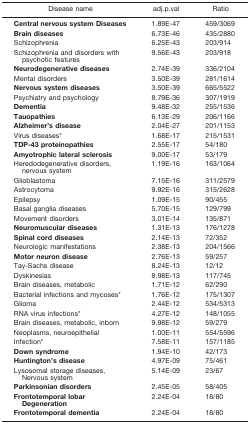
<table><thead><tr><td><b>Disease name</b></td><td><b>adj.p.val</b></td><td><b>Ratio</b></td></tr></thead><tbody><tr><td><b>Central nervous system Diseases</b></td><td>1.89E-47</td><td>459/3069</td></tr><tr><td><b>Brain diseases</b></td><td>6.73E-46</td><td>435/2880</td></tr><tr><td>Schizophrenia</td><td>6.25E-43</td><td>203/914</td></tr><tr><td>Schizophrenia and disorders with psychotic features</td><td>9.56E-43</td><td>203/918</td></tr><tr><td><b>Neurodegenerative diseases</b></td><td>2.74E-39</td><td>336/2104</td></tr><tr><td>Mental disorders</td><td>3.50E-39</td><td>281/1614</td></tr><tr><td><b>Nervous system diseases</b></td><td>3.50E-39</td><td>665/5522</td></tr><tr><td>Psychiatry and psychology</td><td>8.79E-36</td><td>307/1919</td></tr><tr><td><b>Dementia</b></td><td>9.48E-32</td><td>255/1536</td></tr><tr><td><b>Tauopathies</b></td><td>6.13E-29</td><td>206/1166</td></tr><tr><td><b>Alzheimer&#x27;s disease</b></td><td>2.04E-27</td><td>201/1153</td></tr><tr><td>Virus diseases*</td><td>1.68E-17</td><td>215/1531</td></tr><tr><td><b>TDP-43 proteinopathies</b></td><td>2.55E-17</td><td>54/180</td></tr><tr><td><b>Amyotrophic lateral sclerosis</b></td><td>9.00E-17</td><td>53/179</td></tr><tr><td>Heredodegenerative disorders, nervous system</td><td>1.19E-16</td><td>163/1064</td></tr><tr><td>Glioblastoma</td><td>7.15E-16</td><td>311/2579</td></tr><tr><td>Astrocytoma</td><td>9.92E-16</td><td>315/2628</td></tr><tr><td>Epilepsy</td><td>1.09E-15</td><td>90/455</td></tr><tr><td>Basal ganglia diseases</td><td>5.70E-15</td><td>129/799</td></tr><tr><td>Movement disorders</td><td>3.01E-14</td><td>135/871</td></tr><tr><td><b>Neuromuscular diseases</b></td><td>1.31E-13</td><td>176/1278</td></tr><tr><td><b>Spinal cord diseases</b></td><td>2.14E-13</td><td>72/352</td></tr><tr><td>Neurologic manifestations</td><td>2.38E-13</td><td>204/1566</td></tr><tr><td><b>Motor neuron disease</b></td><td>2.76E-13</td><td>59/257</td></tr><tr><td>Tay-Sachs disease</td><td>8.24E-13</td><td>12/12</td></tr><tr><td>Dyskinesias</td><td>8.98E-13</td><td>117/745</td></tr><tr><td>Brain diseases, metabolic</td><td>1.71E-12</td><td>62/290</td></tr><tr><td>Bacterial infections and mycoses*</td><td>1.76E-12</td><td>175/1307</td></tr><tr><td>Glioma</td><td>2.44E-12</td><td>534/5313</td></tr><tr><td>RNA virus infections*</td><td>4.27E-12</td><td>148/1055</td></tr><tr><td>Brain diseases, metabolic, inborn</td><td>9.98E-12</td><td>59/279</td></tr><tr><td>Neoplasms, neuroepithelial</td><td>1.00E-11</td><td>554/5596</td></tr><tr><td>Infection*</td><td>7.58E-11</td><td>157/1185</td></tr><tr><td><b>Down syndrome</b></td><td>1.94E-10</td><td>42/173</td></tr><tr><td><b>Huntington&#x27;s disease</b></td><td>4.97E-09</td><td>75/461</td></tr><tr><td>Lysosomal storage diseases, Nervous system</td><td>5.14E-09</td><td>23/67</td></tr><tr><td><b>Parkinsonian disorders</b></td><td>2.45E-05</td><td>58/405</td></tr><tr><td><b>Frontotemporal lobar Degeneration</b></td><td>2.24E-04</td><td>18/80</td></tr><tr><td><b>Frontotemporal dementia</b></td><td>2.24E-04</td><td>18/80</td></tr></tbody></table>